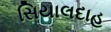
સિયાલદાહ